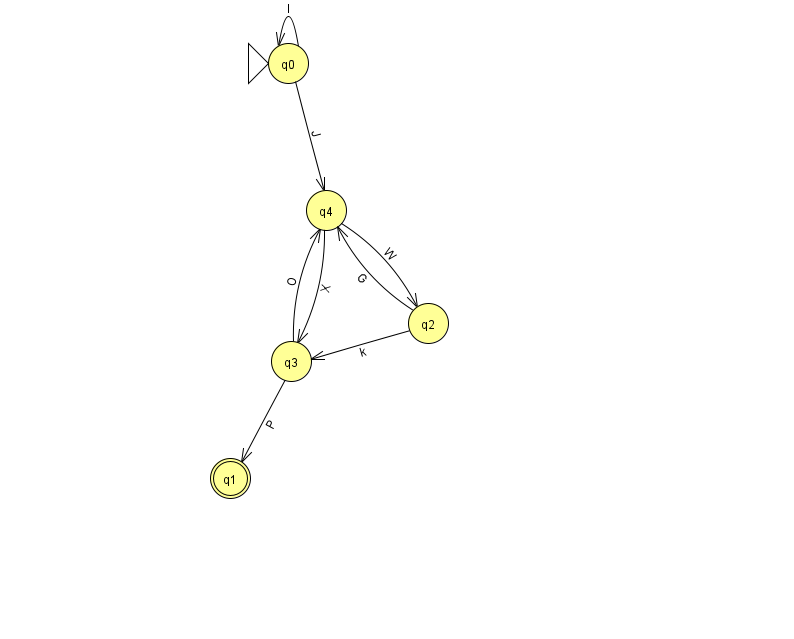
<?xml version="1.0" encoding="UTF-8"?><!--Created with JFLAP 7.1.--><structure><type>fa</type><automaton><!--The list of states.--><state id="0" name="q0"><x>288.0</x><y>50.0</y><initial/></state><state id="1" name="q1"><x>230.0</x><y>465.0</y><final/></state><state id="2" name="q2"><x>428.0</x><y>310.0</y></state><state id="3" name="q3"><x>291.0</x><y>348.0</y></state><state id="4" name="q4"><x>326.0</x><y>197.0</y></state><!--The list of transitions.--><transition><from>3</from><to>1</to><read>P</read></transition><transition><from>2</from><to>4</to><read>G</read></transition><transition><from>4</from><to>2</to><read>W</read></transition><transition><from>0</from><to>4</to><read>J</read></transition><transition><from>2</from><to>3</to><read>k</read></transition><transition><from>4</from><to>3</to><read>X</read></transition><transition><from>0</from><to>0</to><read>l</read></transition><transition><from>3</from><to>4</to><read>O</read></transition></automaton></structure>